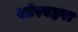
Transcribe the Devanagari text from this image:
खोरबहरा